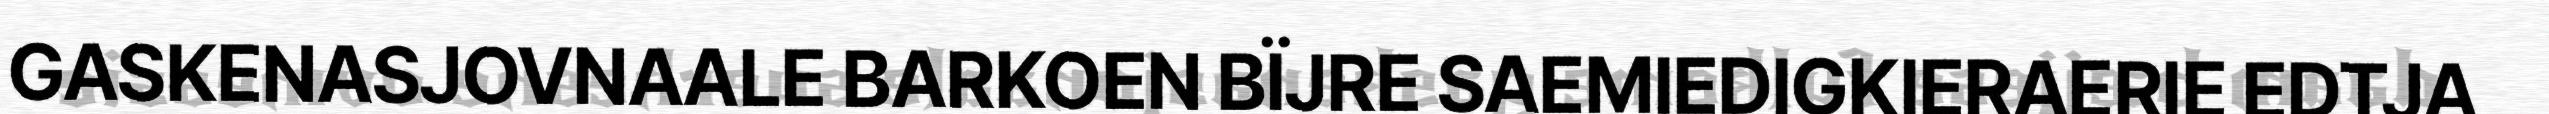
GASKENASJOVNAALE BARKOEN BÏJRE SAEMIEDIGKIERAERIE EDTJA